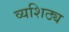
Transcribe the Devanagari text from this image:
व्यशिठ्य